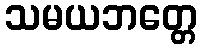
သမယဘတ္တေ